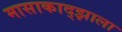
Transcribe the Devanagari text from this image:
मासाकाद्झाला